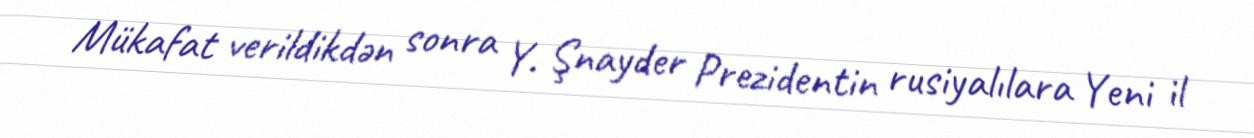
Mükafat verildikdən sonra Y. Şnayder Prezidentin rusiyalılara Yeni il